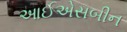
આઈએસબીન